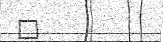
٢